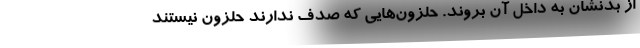
از بدنشان به داخل آن بروند. حلزون‌هایی که صدف ندارند حلزون نیستند